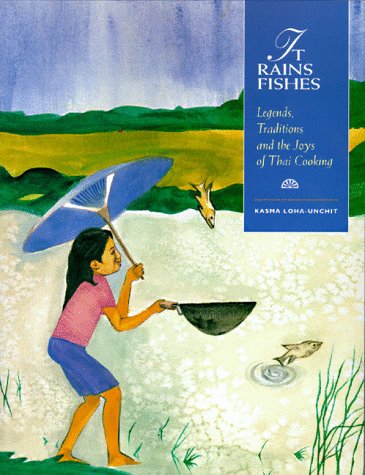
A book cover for It Rains Fishes: Legends, Traditions, and the Joys of Thai Cooking; Kasma Loha-unchit; Cookbooks, Food & Wine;